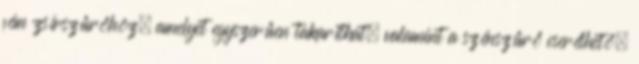
fém zsírszűrőhöz, amelyet egyszerűen takaríthat, valamint a szénszűrő cserélhető.